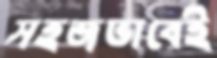
সহজভাবেই